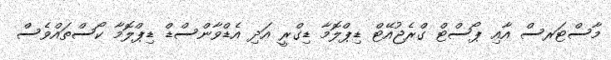
މާސްޓަރސް އާއި ޕޯސްޓް ގްރެޖުއޭޓް ޑިޕްލޮމާ ޑިގްރީ އަދި އެޑްވާންސްޑް ޑިޕްލޮމާ ކޯސްތައްވެސް